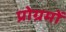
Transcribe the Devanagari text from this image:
प्रोग्रमों